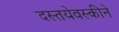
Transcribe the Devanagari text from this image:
दस्तयेवस्कीने